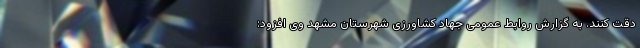
دقت کنند. به گزارش روابط عمومی جهاد کشاورزی شهرستان مشهد وی افزود: